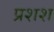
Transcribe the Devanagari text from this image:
प्रशश